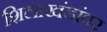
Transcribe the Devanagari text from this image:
शिलाखंडांवर